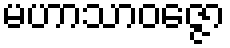
မဟာသာဝဇ္ဇော